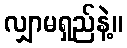
လျှာမရှည်နဲ့။